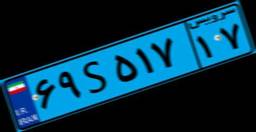
۸۷S۵۳۴۶۱